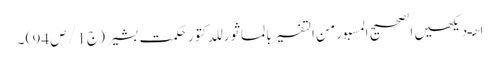
ا ھـ دیکھیں الصحیح المسبورمن التفسیر بالماثور للدکتور حکمت بشیر ( ج 1 / ص 94 ) ۔